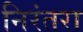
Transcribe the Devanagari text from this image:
निरंतरा